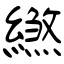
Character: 繺